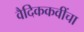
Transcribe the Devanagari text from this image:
वैदिककवींचा